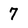
Character: 7